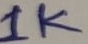
Text: 1K